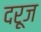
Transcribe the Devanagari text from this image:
दरूज